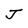
Character: J